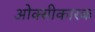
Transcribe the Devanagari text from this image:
ओक्सीकारक